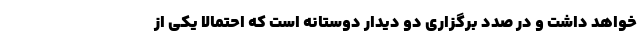
خواهد داشت و در صدد برگزاری دو دیدار دوستانه است که احتمالا یکی از